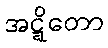
အဋ္ဋိတော